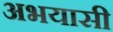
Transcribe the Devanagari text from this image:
अभयासी